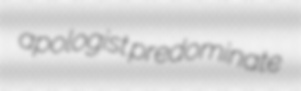
apologist predominate